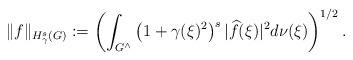
LaTeX: \begin{align*} \Vert f \Vert_{H^s_\gamma(G)} := \left( \int_{G^\wedge} \left(1+\gamma(\xi)^2 \right)^s \vert \widehat{f}(\xi) \vert^2 d\nu(\xi) \right)^{1/2}.\end{align*}